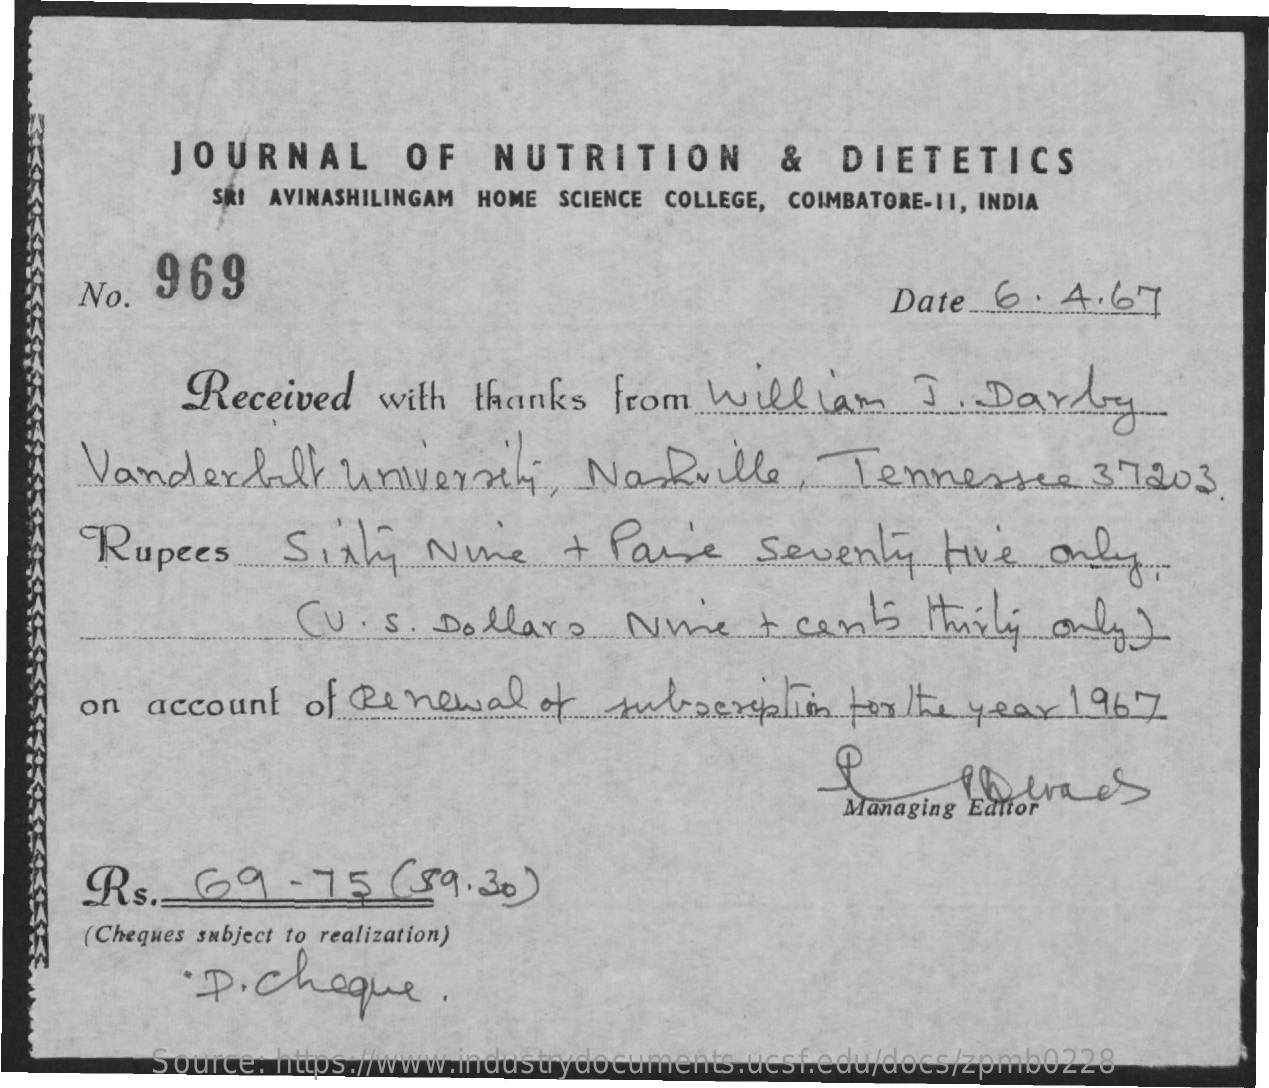
JOURNAL    OF   NUTRITION    &  DIETETICS
     SKI AVINASHILINGAM HOME SCIENCE COLLEGE, COIMBATORE-11, INDIA
     No.  969
     Date  6   4.67
     Received   with  thanks  from  william    I   Dardy
     Vanderbilt    university,    Nashville,    Tennessee    3.1203.
     Rupees    Sixty    Nine    + Pane    Seventy    five   only
     ( U . S. Dollars    Nie    + can's   thinly  only )
     on  account   of Renewal    of   subscription  for the year  1967
     Managing Editor
     Rs.   69    - 75  ( 89.30 )
     (Cheques subject to realization)
     D. cheque.
     Source: https://www.industrydocuments.ucsf.edu/docs/zpmb0228